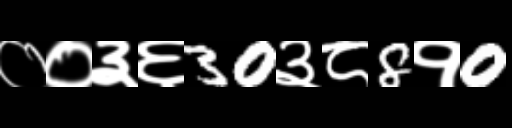
Text: ००३६30३८8१0